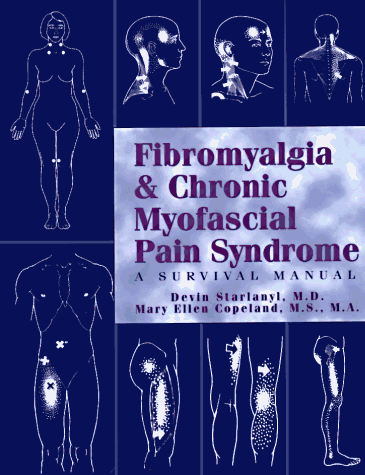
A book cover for Fibromyalgia & Chronic Myofascial Pain Syndrome : A Survival Manual; M.S., M.A. Mary Ellen Copeland; Health, Fitness & Dieting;